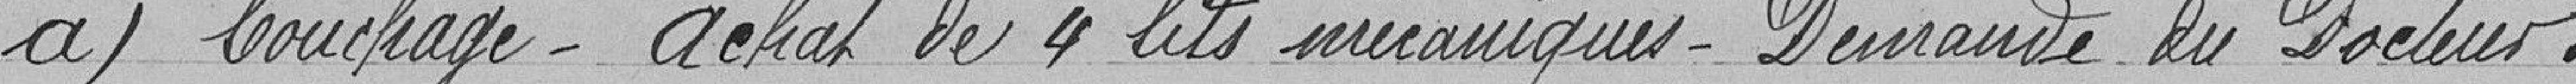
a) bouchage - achats de 4 lits mécaniques - demande du Docteur